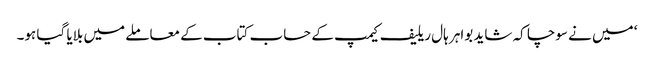
‘ میں نے سوچا کہ شاید بواہر ہال ریلیف کیمپ کے حساب کتاب کے معاملے میں بلایا گیا ہو۔